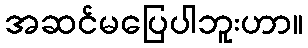
အဆင်မပြေပါဘူးဟာ။